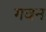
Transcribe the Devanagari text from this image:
गवन